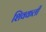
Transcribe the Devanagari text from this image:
शिवकली